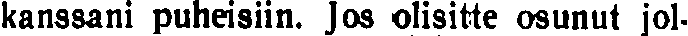
kanssani puheisiin. Jos olisitte osunut jol-